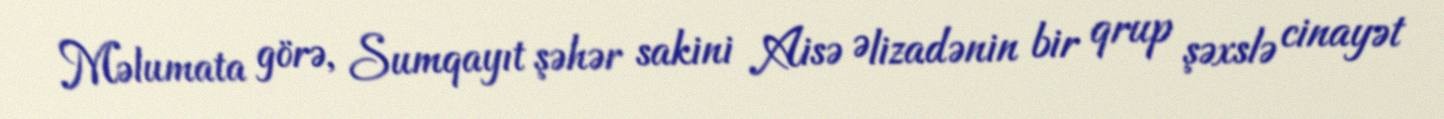
Məlumata görə, Sumqayıt şəhər sakini Aisə Əlizadənin bir qrup şəxslə cinayət